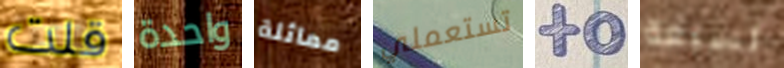
قلت واحدة مماثلة تستعملي to لسبعة